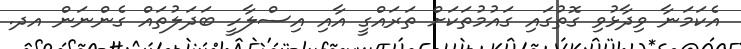
އެކަމަނާ ވިދާޅުވި ގޮތުގައި ގައުމުތަކަށް ތަރައްގީ އާއި އިސްލާހީ ބަދަލުތައް ގެންނަން އދ.